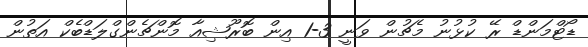
ޑޯޓްމަންޑް ރޭ ކުޅުނު މެޗުން ވަނީ 3-1 އިން ބޮރޫޝިއާ މޮންޗެންގްލަޑްބެކް އަތުން